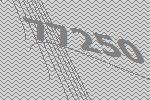
77250